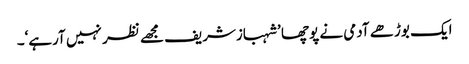
ایک بوڑھے آدمی نے پوچھا ’شہبازشریف مجھے نظر نہیں آرہے‘۔